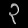
Digit: ၃